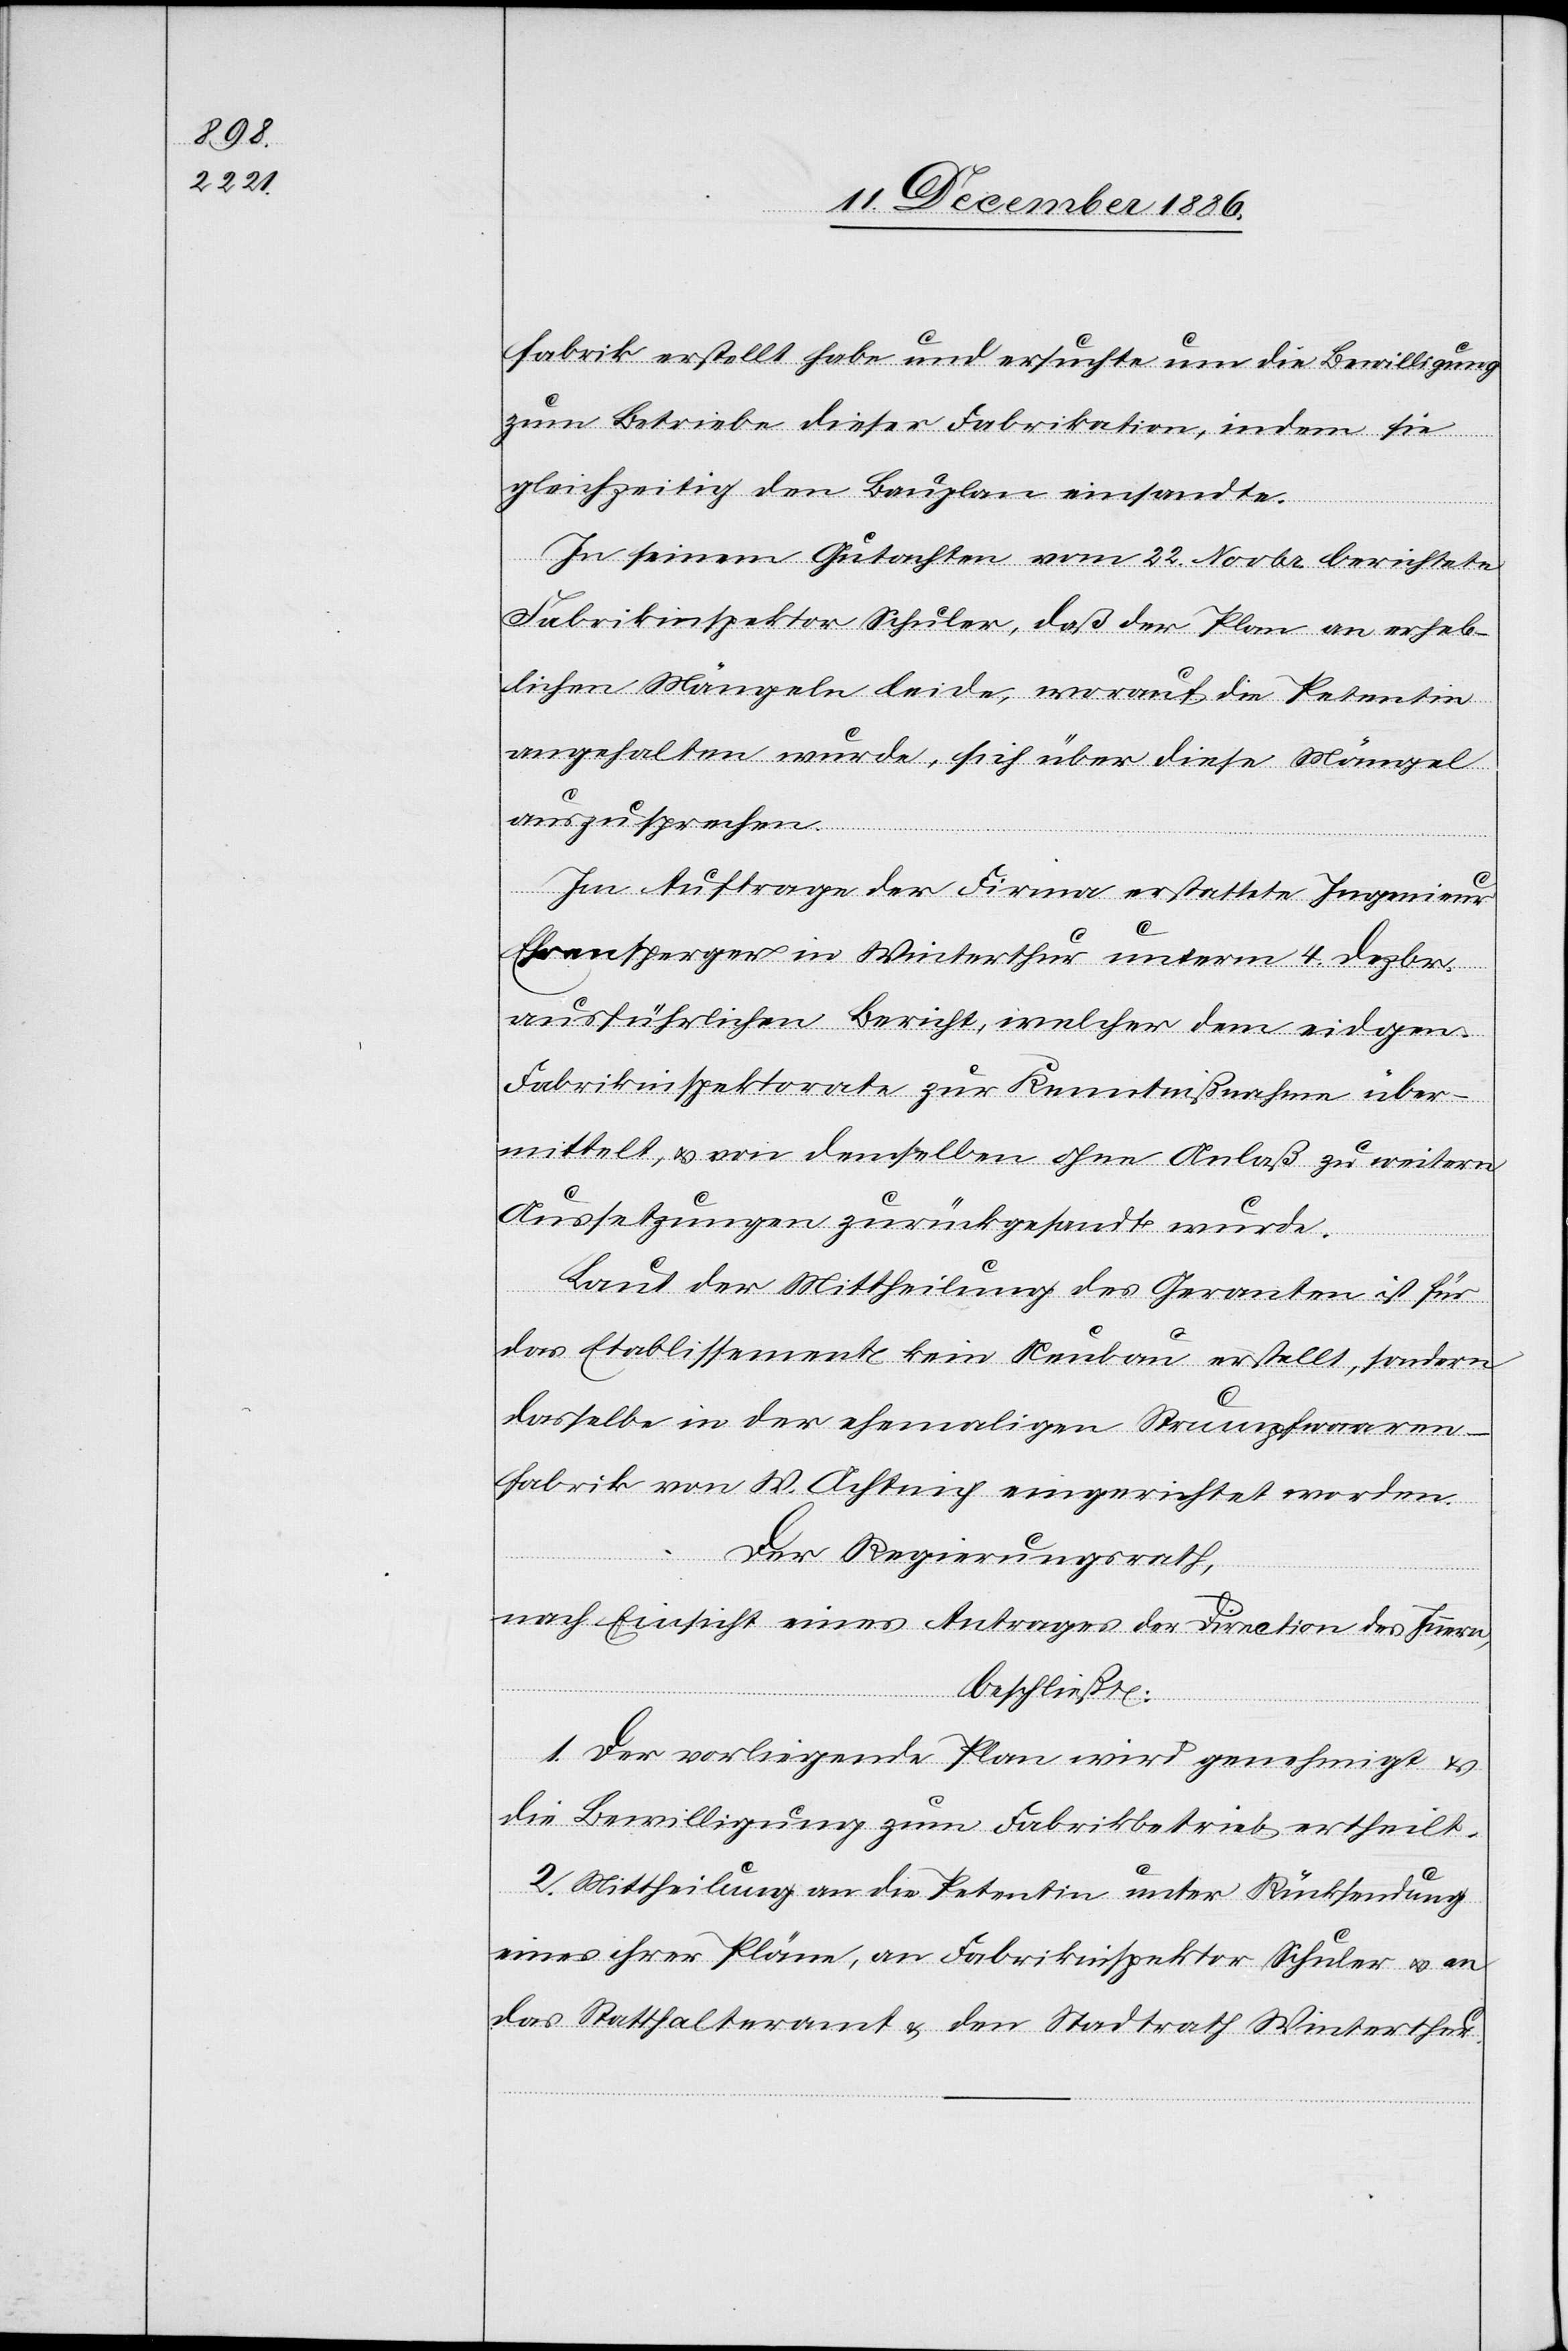
fabrik erstellt habe und ersuchte um die Bewilligung
zum Betriebe dieser Fabrikation, indem sie
gleichzeitig den Bauplan einsandte.
In seinem Gutachten vom 22. Novbr. berichtete
Fabrikinspektor Schuler, daß der Plan an erheb¬
lichen Mängeln leide, worauf die Petentin
angehalten wurde, sich über diese Mängel
auszusprechen.
Im Auftrage der Firma erstattete Ingenieur
Ehrensperger in Winterthur unterm 4. Dezbr.
ausführlichen Bericht, welcher dem eidgen.
Fabrikinspektorate zur Kenntnißnahme über¬
mittelt, & von demselben ohne Anlaß zu weitern
Aussetzungen zurückgesandt wurde.
Laut der Mittheilung des Geranten ist für
das Etablissement kein Neubau erstellt, sondern
dasselbe in der ehemaligen Strumpfwaaren¬
fabrik von W. Achtnig eingerichtet worden.
Der Regierungsrath,
nach Einsicht eines Antrages der Direction des Innern,
beschließt:
1. Der vorliegende Plan wird genehmigt &
die Bewilligung zum Fabrikbetrieb ertheilt.
2. Mittheilung an die Petentin unter Rücksendung
eines ihrer Pläne, an Fabrikinspektor Schuler & an
das Statthalteramt & den Stadtrath Winterthur.